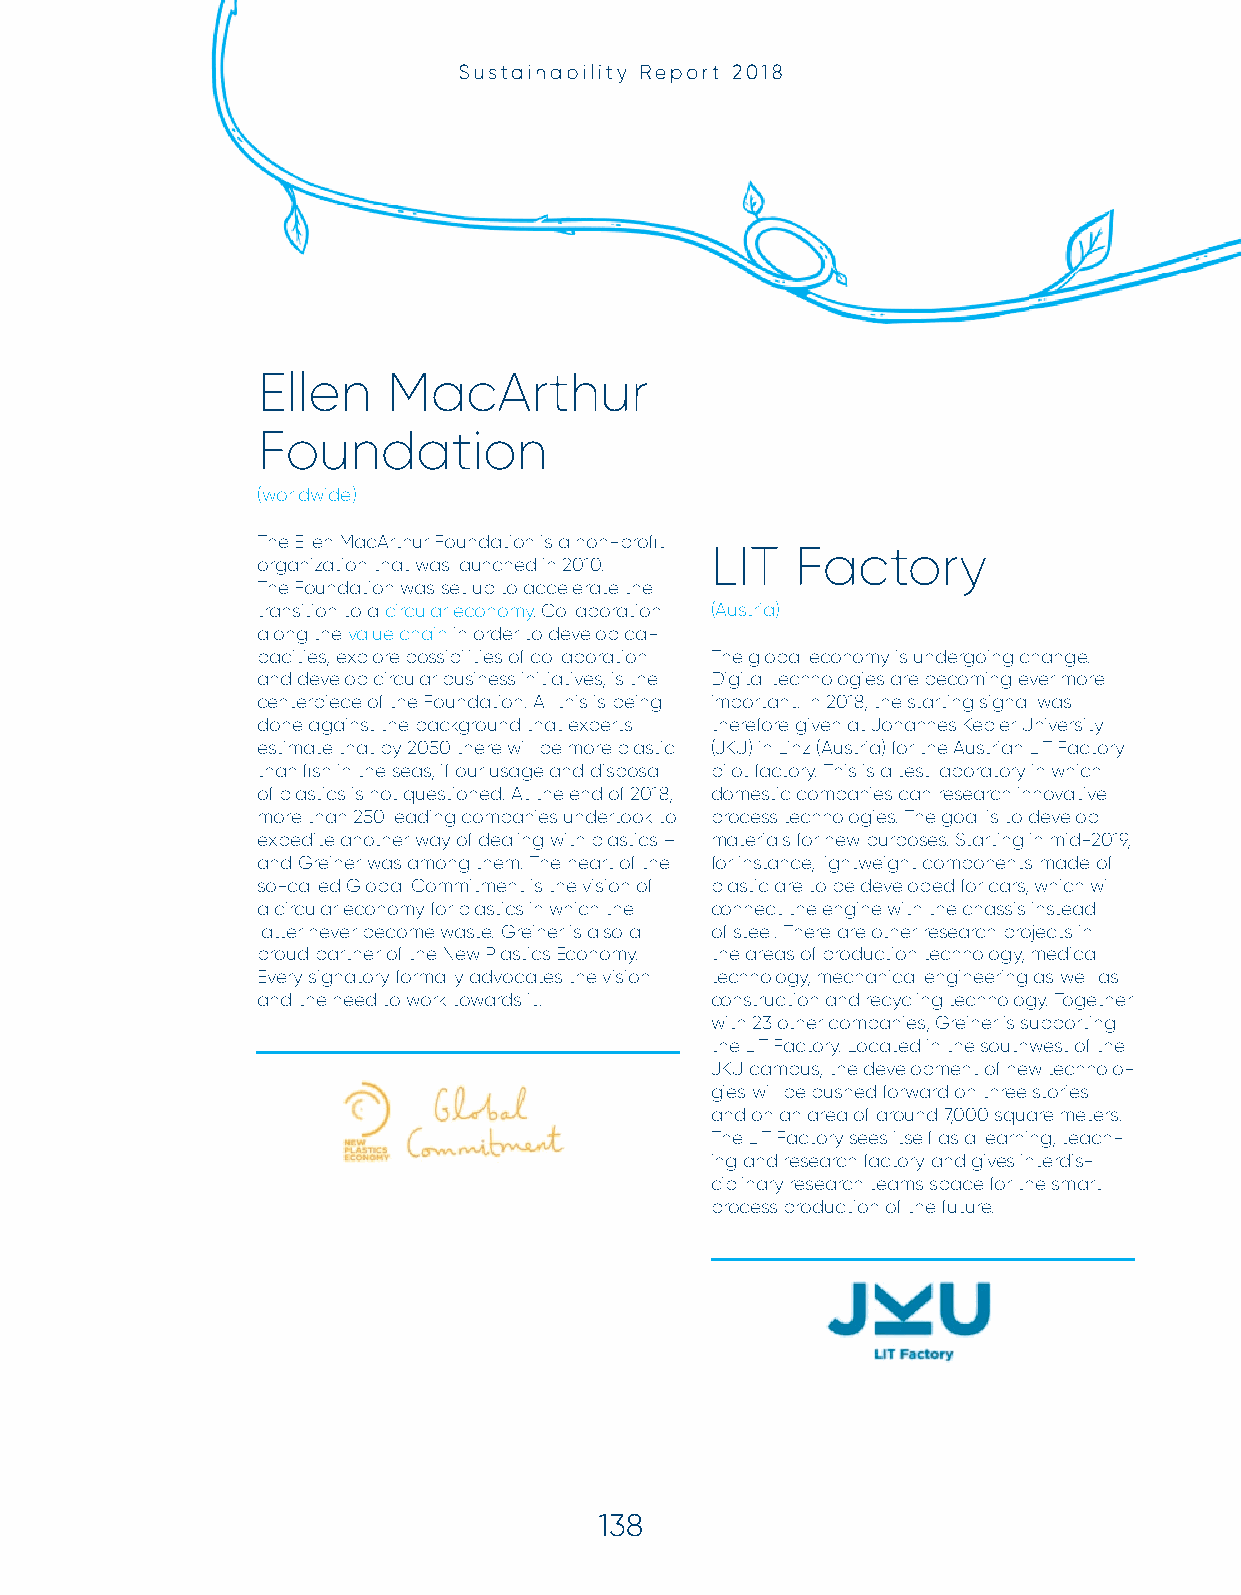
SSuussttaaiinnaabbiilliittyy RReeppoorrtt 22001188
 Ellen    MacArthur
 Foundation
 (worldwide)
 The Ellen MacArthur Foundation is a non-profi t
 LIT   Factory
 organization that was launched in 2010.
 The Foundation was set up to accelerate the
 transition to a circular economy. Collaboration (Austria)
 along the value chain in order to develop ca-
 pacities, explore possibilities of collaboration The global economy is undergoing change.
 and develop circular business initiatives, is the Digital technologies are becoming ever more
 centerpiece of the Foundation. All this is being important. In 2018, the starting signal was
 done against the background that experts therefore given at Johannes Kepler University
 estimate that by 2050 there will be more plastic (JKU) in Linz (Austria) for the Austrian LIT Factory
 than fi sh in the seas, if our usage and disposal pilot factory. This is a test laboratory in which
 of plastics is not questioned. At the end of 2018, domestic companies can research innovative
 more than 250 leading companies undertook to process technologies. The goal is to develop
 expedite another way of dealing with plastics – materials for new purposes. Starting in mid-2019,
 and Greiner was among them. The heart of the for instance, lightweight components made of
 so-called Global Commitment is the vision of plastic are to be developed for cars, which will
 a circular economy for plastics in which the connect the engine with the chassis instead
 latter never become waste. Greiner is also a of steel. There are other research projects in
 proud partner of the New Plastics Economy. the areas of production technology, medical
 Every signatory formally advocates the vision technology, mechanical engineering as well as
 and the need to work towards it. construction and recycling technology. Together
 with 23 other companies, Greiner is supporting
 the LIT Factory. Located in the southwest of the
 JKU campus, the development of new technolo-
 gies will be pushed forward on three stories
 and on an area of around 7,000 square meters.
 The LIT Factory sees itself as a learning, teach-
 ing and research factory and gives interdis-
 ciplinary research teams space for the smart
 process production of the future.
 138